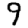
Digit: 9